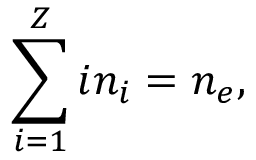
\sum _ { i = 1 } ^ { Z } i n _ { i } = n _ { e } ,